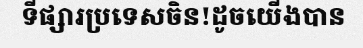
ទីផ្សារប្រទេសចិន!ដូចយើងបាន